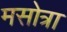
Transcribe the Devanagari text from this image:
मसोत्रा